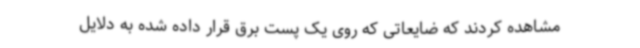
مشاهده کردند که ضایعاتی که روی یک پست برق قرار داده شده به دلایل